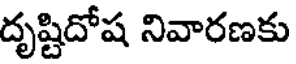
దృష్టిదోష నివారణకు